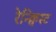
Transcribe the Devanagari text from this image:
रेन्क्विस्ट